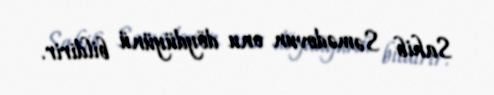
Sahib Səmədovun onu döydüyünü bildirir.